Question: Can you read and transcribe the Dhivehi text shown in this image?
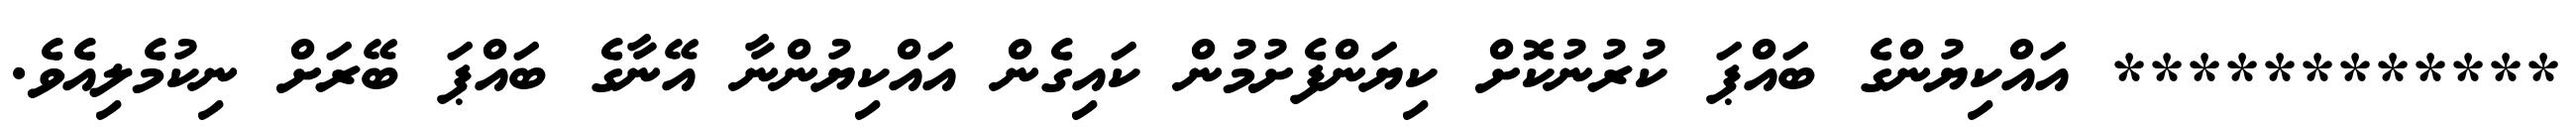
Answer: ************ އައްކިޔުންގެ ބައްޕަ ކުރުނުކޮށް ކިޔަންފެށުމުން ކައިގެން އައްކިޔުންނާ އޭނާގެ ބައްޕަ ބޭރަށް ނިކުމެލިއެވެ.